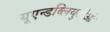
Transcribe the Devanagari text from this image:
यूएन्डब्लियुटीओ